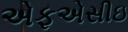
એફએસીઇ